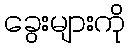
ခွေးများကို